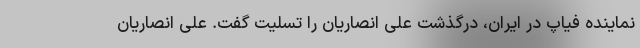
نماینده فیاپ در ایران، درگذشت علی انصاریان را تسلیت گفت. علی انصاریان